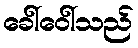
ခေါ်ဝေါ်သည်